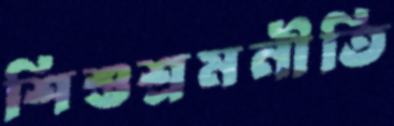
শিশুশ্রমনীতি